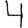
Digit: 4